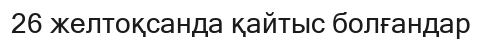
26 желтоқсанда қайтыс болғандар